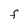
Character: F